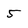
Character: 5